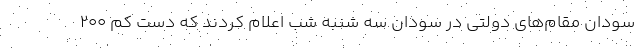
سودان مقام‌های دولتی در سودان سه شنبه شب اعلام کردند که دست کم ۲۰۰